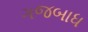
ગજબાધ